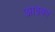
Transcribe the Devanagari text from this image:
आइका